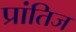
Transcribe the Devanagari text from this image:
प्रांतिज